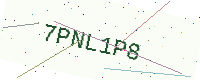
Text: 7PNL1P8